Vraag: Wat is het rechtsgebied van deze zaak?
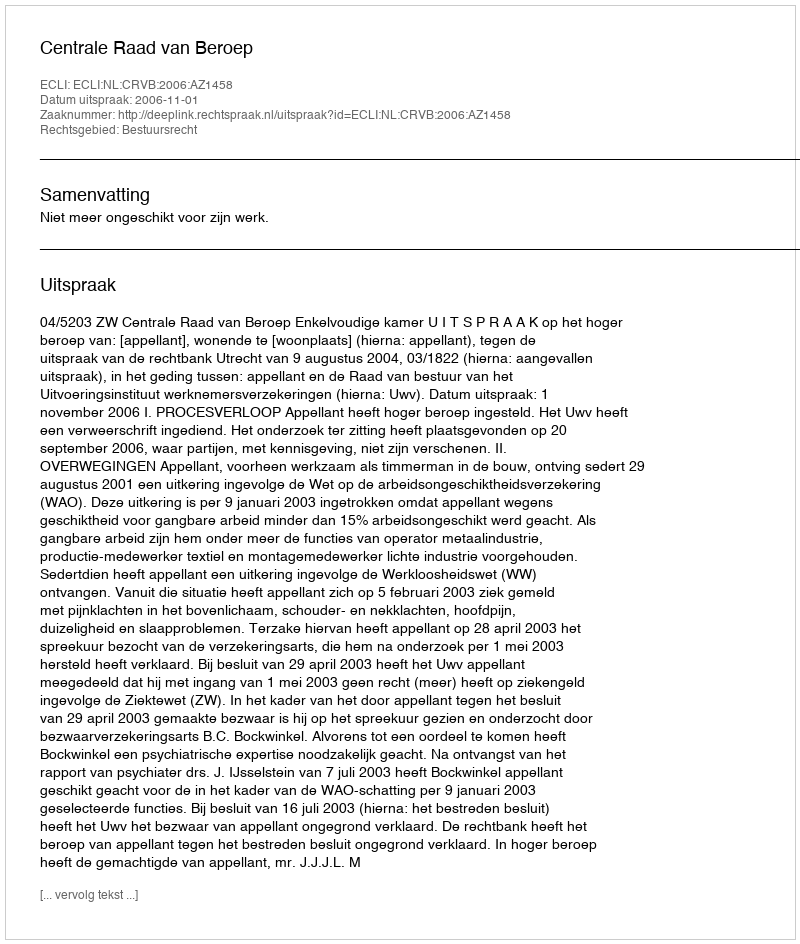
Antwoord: Bestuursrecht